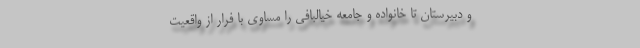
و دبیرستان تا خانواده و جامعه خیالبافی را مساوی با فرار از واقعیت